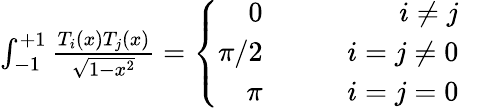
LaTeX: \begin{array}{r}{\int_{-1}^{+1}{\frac{T_{i}(x)T_{j}(x)}{\sqrt{1-x^{2}}}}=\left\{ \begin{array}{rlrl}{0}&{{}\quad}&{i\neq j}&{{}}\\ {\pi/2}&{{}\quad}&{i=j\neq 0}&{{}}\\ {\pi}&{{}\quad}&{i=j=0}&{{}}\end{array}\right.}\end{array}